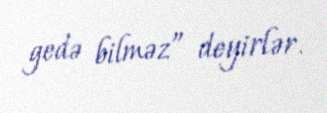
gedə bilməz” deyirlər.